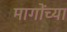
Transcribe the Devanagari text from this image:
मागोंच्या